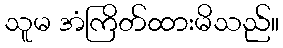
သူမ အံကြိတ်ထားမိသည်။